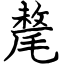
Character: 氂